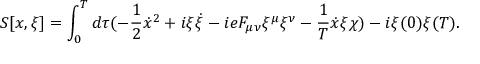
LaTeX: S [ x , \xi ] = \int _ { 0 } ^ { T } d \tau ( - \frac { 1 } { 2 } \dot { x } ^ { 2 } + i \xi \dot { \xi } - i e F _ { \mu \nu } \xi ^ { \mu } \xi ^ { \nu } - \frac { 1 } { T } \dot { x } \xi \chi ) - i \xi ( 0 ) \xi ( T ) .